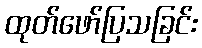
ထုတ်ဖော်ပြသခြင်း